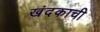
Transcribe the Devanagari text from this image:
खंदकाची